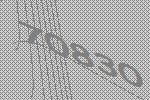
70830